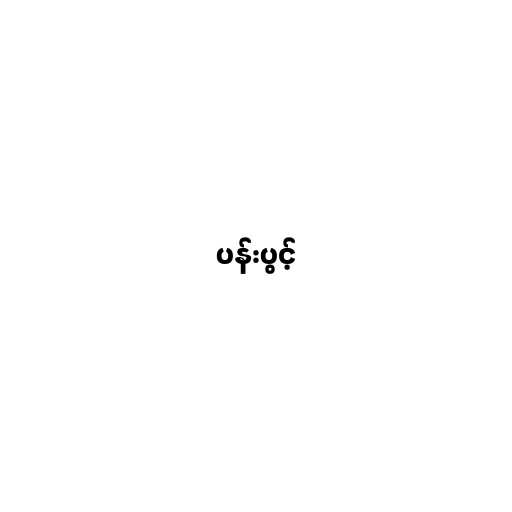
ပန်းပွင့်